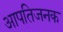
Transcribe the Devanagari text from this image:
आपतिजनक